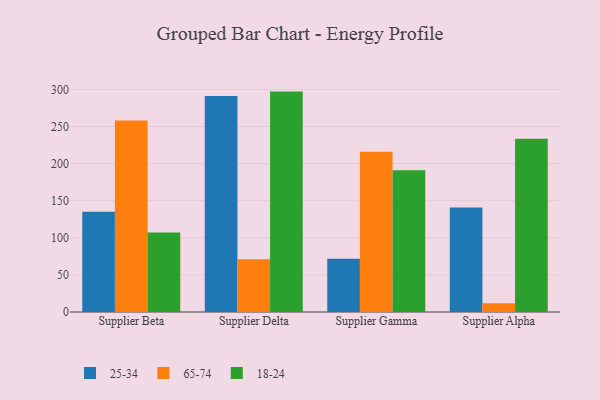
{"axis": {"x": "Supplier", "y": "Website Visitors"}, "legend": ["18-24", "25-34", "65-74"], "data": [{"x": "Supplier Beta", "y": 135.2, "type": "25-34"}, {"x": "Supplier Beta", "y": 258.1, "type": "65-74"}, {"x": "Supplier Beta", "y": 107.2, "type": "18-24"}, {"x": "Supplier Delta", "y": 291.2, "type": "25-34"}, {"x": "Supplier Delta", "y": 71.0, "type": "65-74"}, {"x": "Supplier Delta", "y": 297.1, "type": "18-24"}, {"x": "Supplier Gamma", "y": 71.7, "type": "25-34"}, {"x": "Supplier Gamma", "y": 215.9, "type": "65-74"}, {"x": "Supplier Gamma", "y": 191.1, "type": "18-24"}, {"x": "Supplier Alpha", "y": 140.9, "type": "25-34"}, {"x": "Supplier Alpha", "y": 11.9, "type": "65-74"}, {"x": "Supplier Alpha", "y": 233.7, "type": "18-24"}]}